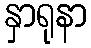
နှာရုနာ